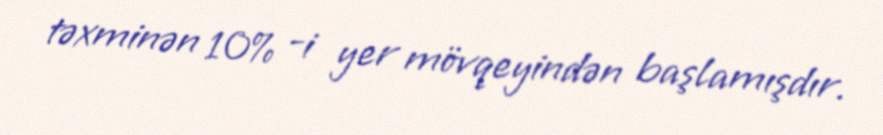
təxminən 10% -i yer mövqeyindən başlamışdır.